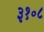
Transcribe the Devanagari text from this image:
३१॰८